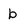
Character: b